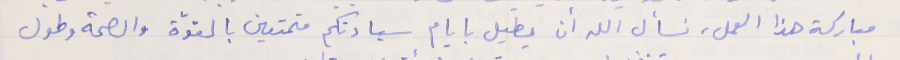
مباركة هذا العمل، نسأل الله أن يطيل بايام سيادتكم متمتعين بالقوّة والصحة وطول